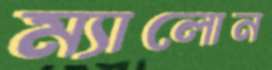
ম্যালোন